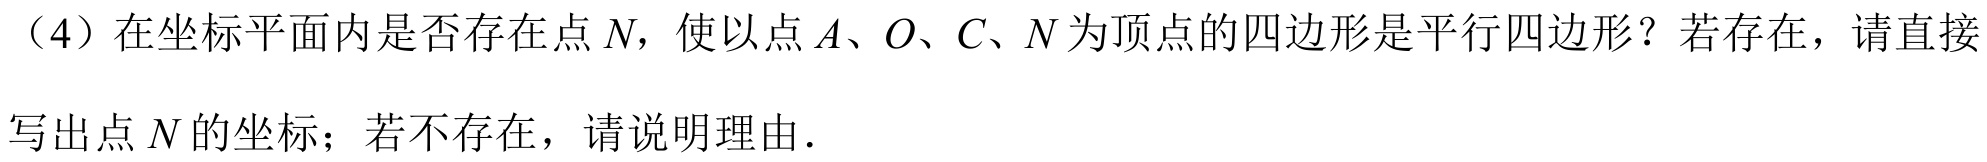
（4）在坐标平面内是否存在点 \(N\)，使以点 \(A、O、C、N\)为顶点的四边形是平行四边形？若存在，请直接写出点 \(N\) 的坐标；若不存在，请说明理由．